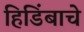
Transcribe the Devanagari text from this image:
हिडिंबाचे